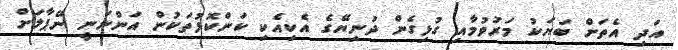
އަދި އެތަށް ބަޔަކު މަރުވުމާއި ގުޅިގެން ދުނިޔޭގެ އެކިއެކި ކަންކޮޅުތަކުން އަންނަނީ ނޭޕާލަށް